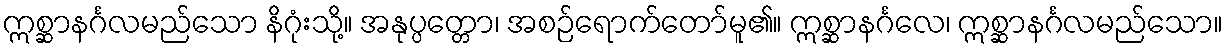
ဣစ္ဆာနင်္ဂလမည်သော နိဂုံးသို့။ အနုပ္ပတ္တော၊ အစဉ်ရောက်တော်မူ၏။ ဣစ္ဆာနင်္ဂလေ၊ ဣစ္ဆာနင်္ဂလမည်သော။